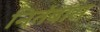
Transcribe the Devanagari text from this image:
नितंबांस